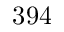
3 9 4